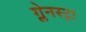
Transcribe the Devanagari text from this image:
ग्लेनस्ट्रा